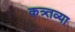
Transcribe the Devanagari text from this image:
कत्र्तव्या